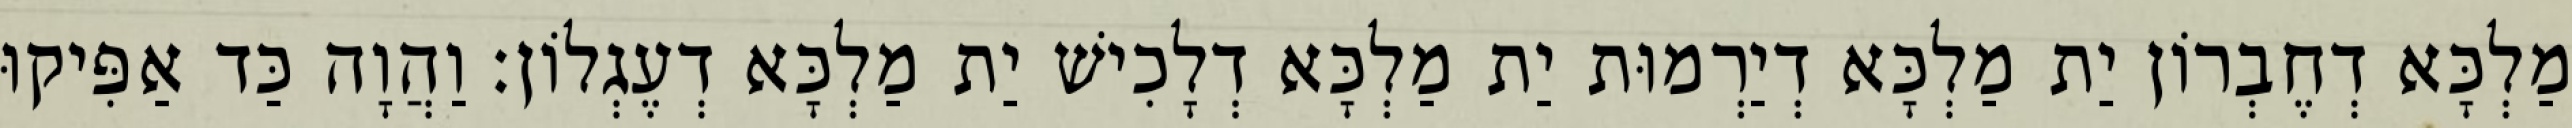
מַלְכָּא דְחֶבְרוֹן יַת מַלְכָּא דְיַרְמוּת יַת מַלְכָּא דְלָכִישׁ יַת מַלְכָּא דְעֶגְלוֹן׃ וַהֲוָה כַּד אַפִּיקוּ